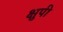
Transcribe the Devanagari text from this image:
क्षुपी